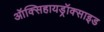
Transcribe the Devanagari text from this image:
ऑक्सिहायड्रॉक्साइड